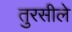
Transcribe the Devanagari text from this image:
तुरसीले